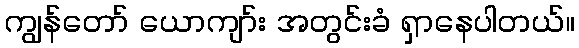
ကျွန်တော် ယောကျာ်း အတွင်းခံ ရှာနေပါတယ်။